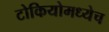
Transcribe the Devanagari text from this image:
टोकियोमध्येच